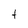
Character: t